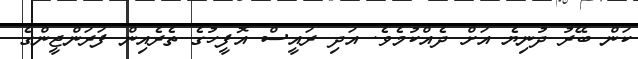
ކަން ބޭރު ދުނިޔެ އަށް ދެއްކުމެވެ. އަދި ރައީސް އޮފީހުގެ ތެރެއިން ފަރަންޖީންގެ